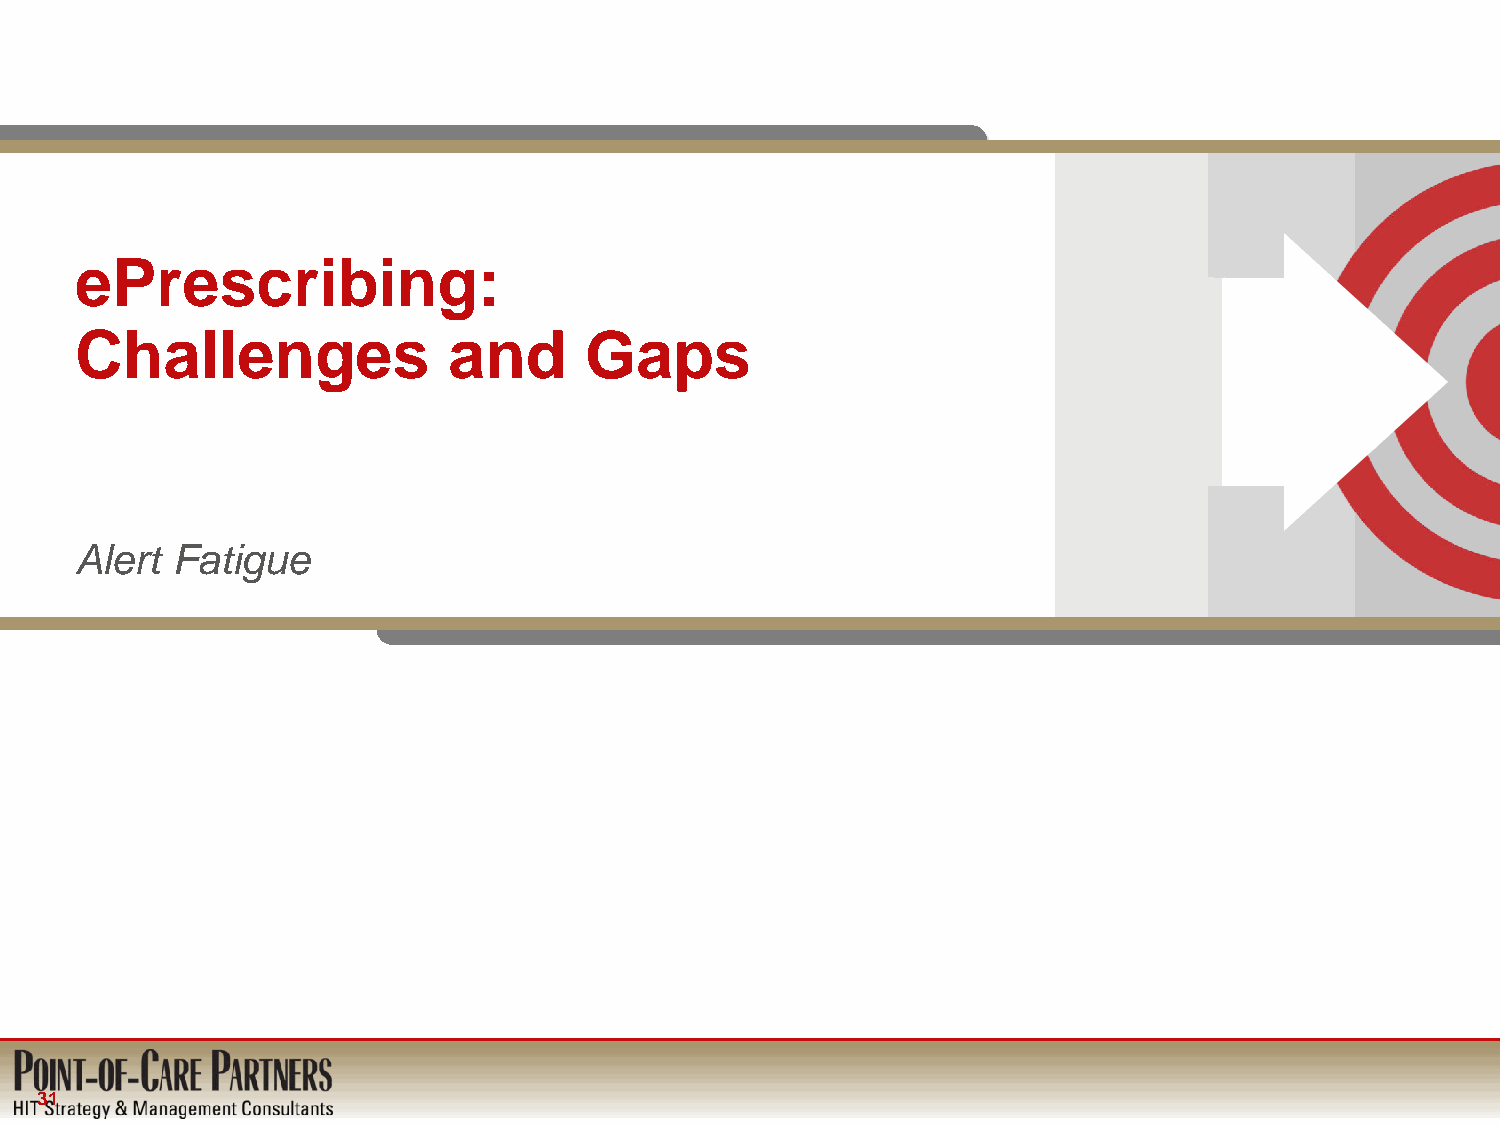
ePrescribing:
 Challenges               and      Gaps
 Alert Fatigue
 31